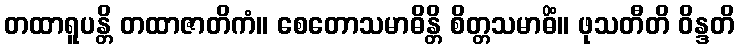
တထာရူပန္တိ တထာဇာတိကံ။ စေတောသမာဓိန္တိ စိတ္တသမာဓိံ။ ဖုသတီတိ ဝိန္ဒတိ